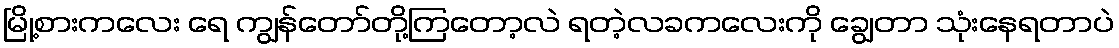
မြို့စားကလေး ရေ ကျွန်တော်တို့ကြတော့လဲ ရတဲ့လခကလေးကို ချွေတာ သုံးနေရတာပဲ